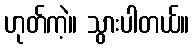
ဟုတ်ကဲ့။ သွားပါတယ်။